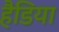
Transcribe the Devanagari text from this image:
हैडिया